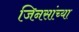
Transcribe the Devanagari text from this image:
जिनसांच्या